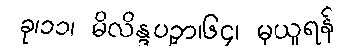
ခု၊၁၁၊ မိလိန္ဒပဉှာ၊၆၄၊ မှယူရန်